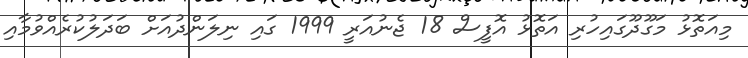
މިއަތޮޅު މަގޫދޫގައިހުރި އަތޮޅު އޮފީސް 18 ޖެނުއަރީ 1999 ގައި ނިލަންދުއަށް ބަދަލުކުރެއްވުމާއި